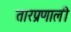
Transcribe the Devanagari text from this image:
तारप्रणाली